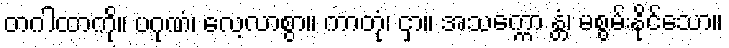
တဂါထာကို။ ပဂုဏံ၊ လေ့လာစွာ။ ကာတုံ၊ ငှာ။ အသက္ကော န္တံ၊ မစွမ်းနိုင်သော။